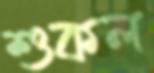
শুকল